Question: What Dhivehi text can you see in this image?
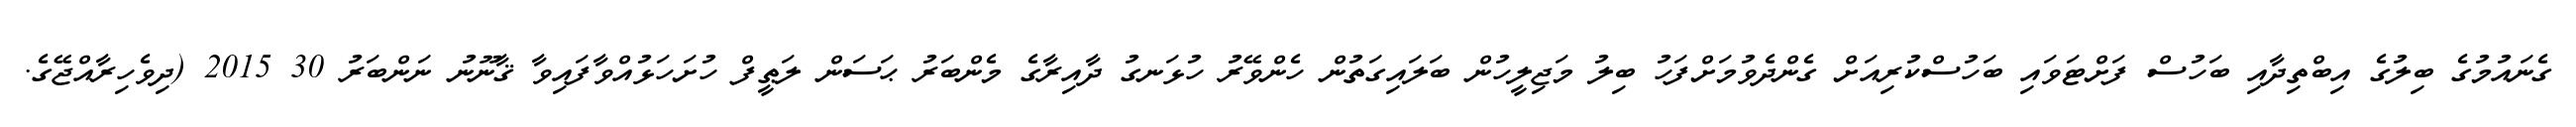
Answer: ގެނައުމުގެ ބިލުގެ އިބްތިދާއި ބަހުސް ފަށްޓަވައި ބަހުސްކުރިއަށް ގެންދެވުމަށްފަހު ބިލު މަޖިލީހުން ބަލައިގަތުން ހެންވޭރު ހުޅަނގު ދާއިރާގެ މެންބަރު ޙަސަން ލަޠީފް ހުށަހަޅުއްވާފައިވާ ޤާނޫނު ނަންބަރު 30 2015 (ދިވެހިރާއްޖޭގެ.